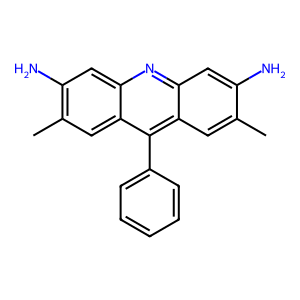
SMILES: Cc1cc2c(-c3ccccc3)c3cc(C)c(N)cc3nc2cc1N
Inhibits HIV replication: No